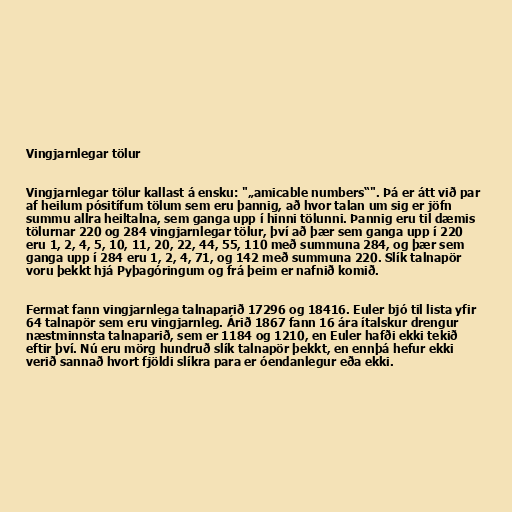
Vingjarnlegar tölur

Vingjarnlegar tölur kallast á ensku: "„amicable numbers“". Þá er átt við par
af heilum pósitífum tölum sem eru þannig, að hvor talan um sig er jöfn
summu allra heiltalna, sem ganga upp í hinni tölunni. Þannig eru til dæmis
tölurnar 220 og 284 vingjarnlegar tölur, því að þær sem ganga upp í 220
eru 1, 2, 4, 5, 10, 11, 20, 22, 44, 55, 110 með summuna 284, og þær sem
ganga upp í 284 eru 1, 2, 4, 71, og 142 með summuna 220. Slík talnapör
voru þekkt hjá Pyþagóringum og frá þeim er nafnið komið.

Fermat fann vingjarnlega talnaparið 17296 og 18416. Euler bjó til lista yfir
64 talnapör sem eru vingjarnleg. Árið 1867 fann 16 ára ítalskur drengur
næstminnsta talnaparið, sem er 1184 og 1210, en Euler hafði ekki tekið
eftir því. Nú eru mörg hundruð slík talnapör þekkt, en ennþá hefur ekki
verið sannað hvort fjöldi slíkra para er óendanlegur eða ekki.